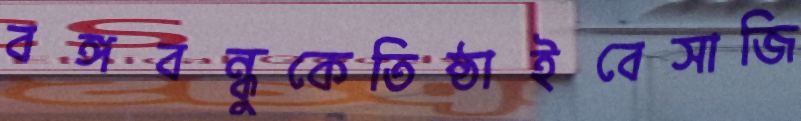
বঙ্গবন্ধুকেতিষ্ঠাইবেসাজি